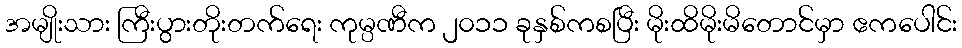
အမျိုးသား ကြီးပွားတိုးတက်ရေး ကုမ္ပဏီက ၂၀၁၁ ခုနှစ်ကစပြီး မိုးထိမိုးမိတောင်မှာ ဧကပေါင်း